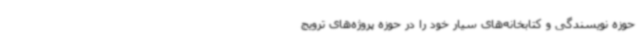
حوزه نویسندگی و کتابخانه‌های سیار خود را در حوزه پروژه‌های ترویج